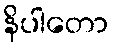
နိပါတော